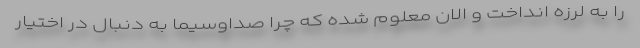
را به لرزه انداخت و الان معلوم شده که چرا صداوسیما به دنبال در اختیار